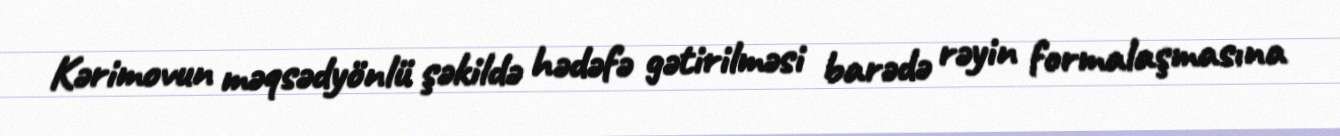
Kərimovun məqsədyönlü şəkildə hədəfə gətirilməsi barədə rəyin formalaşmasına